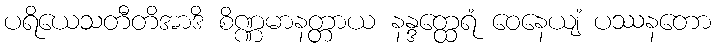
ပရိယေသတီတိအာဒိ စိဏ္ဏမာနတ္တာယ နန္ဒတ္ထေရံ ဝေနေယျံ ပဿနတော